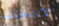
الانتخابات